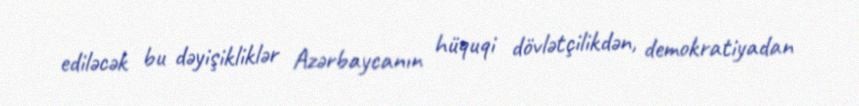
ediləcək bu dəyişikliklər Azərbaycanın hüquqi dövlətçilikdən, demokratiyadan